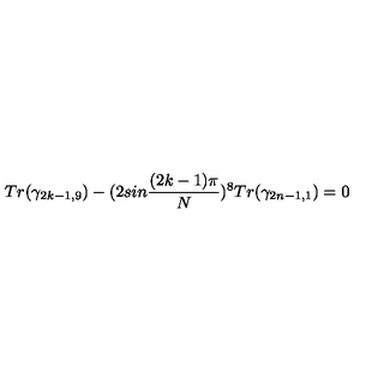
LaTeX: T r ( \gamma _ { 2 k - 1 , 9 } ) - ( 2 s i n { \frac { ( 2 k - 1 ) \pi } { N } } ) ^ { 8 } T r ( \gamma _ { 2 n - 1 , 1 } ) = 0